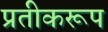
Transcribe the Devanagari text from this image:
प्रतीकरूप